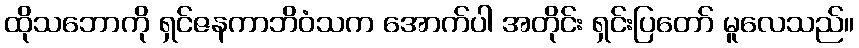
ထိုသဘောကို ရှင်ဇနကာဘိဝံသက အောက်ပါ အတိုင်း ရှင်းပြတော် မူလေသည်။